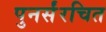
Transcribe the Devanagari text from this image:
पुनर्संरचित